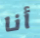
أنا